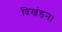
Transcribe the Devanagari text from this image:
विखंडन।